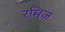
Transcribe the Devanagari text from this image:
रमिज